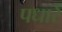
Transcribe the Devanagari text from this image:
पधारें